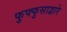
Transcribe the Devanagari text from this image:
फुफ्फुसाद्वारे